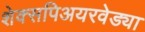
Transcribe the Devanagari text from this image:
शेक्सपिअयरवेड्या